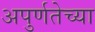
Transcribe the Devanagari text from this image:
अपुर्णतेच्या